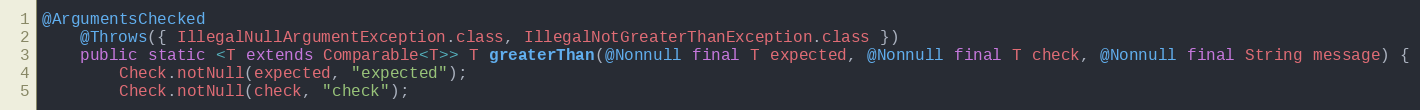
Language: Java
@ArgumentsChecked
	@Throws({ IllegalNullArgumentException.class, IllegalNotGreaterThanException.class })
	public static <T extends Comparable<T>> T greaterThan(@Nonnull final T expected, @Nonnull final T check, @Nonnull final String message) {
		Check.notNull(expected, "expected");
		Check.notNull(check, "check");